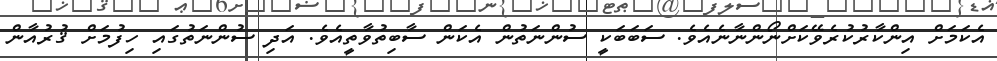
އެކަމަށް އިންކާރުކުރެވޭކަށްނޯންނާނެއެވެ. ސަބަބަކީ ސުންނަތުން އެކަން ސާބިތުވާތީއެވެ. އަދި ސުންނަތުގައި ހިފުމަށް ޤުރުއާން